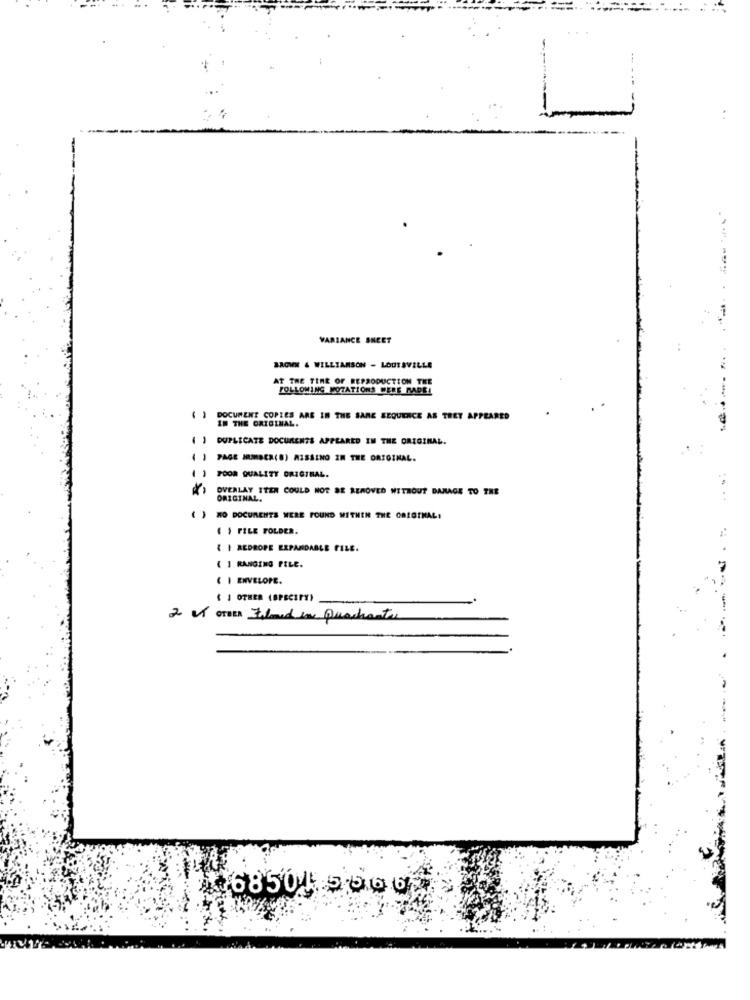
VARIANCE SHEET
BROWN & WILLIAMSON - LOUISVILLE
AT THE TIME OF REPRODUCTION THE
FOLLOWING MOTATIONS WERE MADE!
11
DOCUMENT COPIES ARE IN THE SAME SEQUENCE AS THEY APPEARED
IN THE ORIGINAL.
DUPLICATE DOCUMENTS APPEARED IN THE ORIGINAL.
PAGE MANSER(8) MISSING IN THE ORIGINAL.
( ) POOR QUALITY ORIGINAL.
OVERLAY ITEN COULD NOT SE REMOVED WITHOUT DAMAGE TO THE
ORIGINAL.
() MO DOCUMENTS WERE FOUND WITHIN THE ORIGINAL!
( ) FILE FOLDER.
{ I REDROPE EXPANDABLE FILE.
( 1 RANGING FILE.
C I ENVELOPE.
( J OTHER (SPECIFY)
2 et OTHER Falarden Quadrante
468501 5500